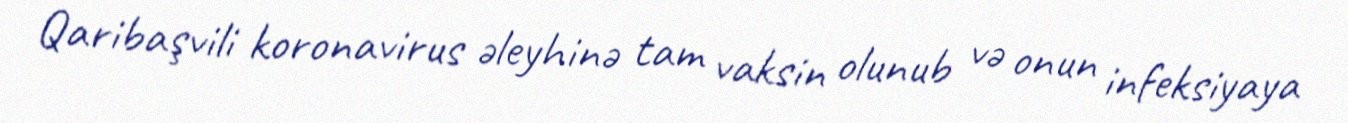
Qaribaşvili koronavirus əleyhinə tam vaksin olunub və onun infeksiyaya